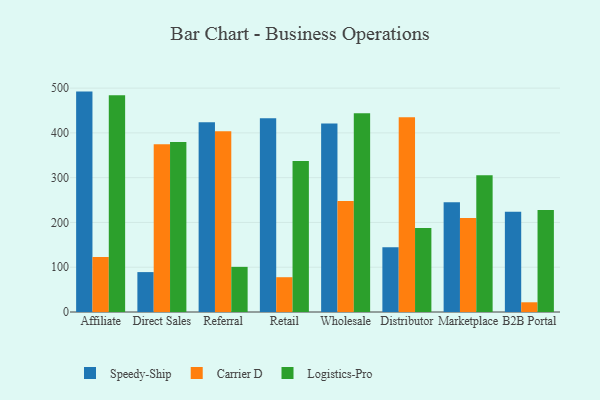
{"axis": {"x": "Channel", "y": "Production Output"}, "legend": ["Carrier D", "Logistics-Pro", "Speedy-Ship"], "data": [{"x": "Affiliate", "y": 492.2, "type": "Speedy-Ship"}, {"x": "Affiliate", "y": 123.1, "type": "Carrier D"}, {"x": "Affiliate", "y": 484.3, "type": "Logistics-Pro"}, {"x": "Direct Sales", "y": 89.1, "type": "Speedy-Ship"}, {"x": "Direct Sales", "y": 374.7, "type": "Carrier D"}, {"x": "Direct Sales", "y": 379.5, "type": "Logistics-Pro"}, {"x": "Referral", "y": 423.8, "type": "Speedy-Ship"}, {"x": "Referral", "y": 403.4, "type": "Carrier D"}, {"x": "Referral", "y": 100.8, "type": "Logistics-Pro"}, {"x": "Retail", "y": 432.7, "type": "Speedy-Ship"}, {"x": "Retail", "y": 77.7, "type": "Carrier D"}, {"x": "Retail", "y": 337.4, "type": "Logistics-Pro"}, {"x": "Wholesale", "y": 420.8, "type": "Speedy-Ship"}, {"x": "Wholesale", "y": 248.1, "type": "Carrier D"}, {"x": "Wholesale", "y": 443.6, "type": "Logistics-Pro"}, {"x": "Distributor", "y": 144.6, "type": "Speedy-Ship"}, {"x": "Distributor", "y": 435.0, "type": "Carrier D"}, {"x": "Distributor", "y": 187.6, "type": "Logistics-Pro"}, {"x": "Marketplace", "y": 245.3, "type": "Speedy-Ship"}, {"x": "Marketplace", "y": 210.1, "type": "Carrier D"}, {"x": "Marketplace", "y": 305.2, "type": "Logistics-Pro"}, {"x": "B2B Portal", "y": 223.8, "type": "Speedy-Ship"}, {"x": "B2B Portal", "y": 21.7, "type": "Carrier D"}, {"x": "B2B Portal", "y": 227.7, "type": "Logistics-Pro"}]}